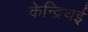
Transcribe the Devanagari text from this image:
केन्द्रिथई